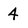
Character: 4